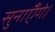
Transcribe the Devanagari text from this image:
सुनाएँगे।